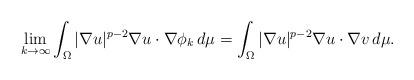
LaTeX: \begin{align*}\lim_{k\to\infty}\int_\Omega|\nabla u|^{p-2}\nabla u\cdot\nabla \phi_k\, d\mu=\int_\Omega|\nabla u|^{p-2}\nabla u\cdot\nabla v\, d\mu.\end{align*}